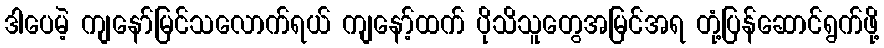
ဒါပေမဲ့ ကျနော်မြင်သလောက်ရယ် ကျနော့်ထက် ပိုသိသူတွေအမြင်အရ တုံ့ပြန်ဆောင်ရွက်ဖို့